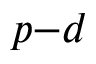
p { - } d